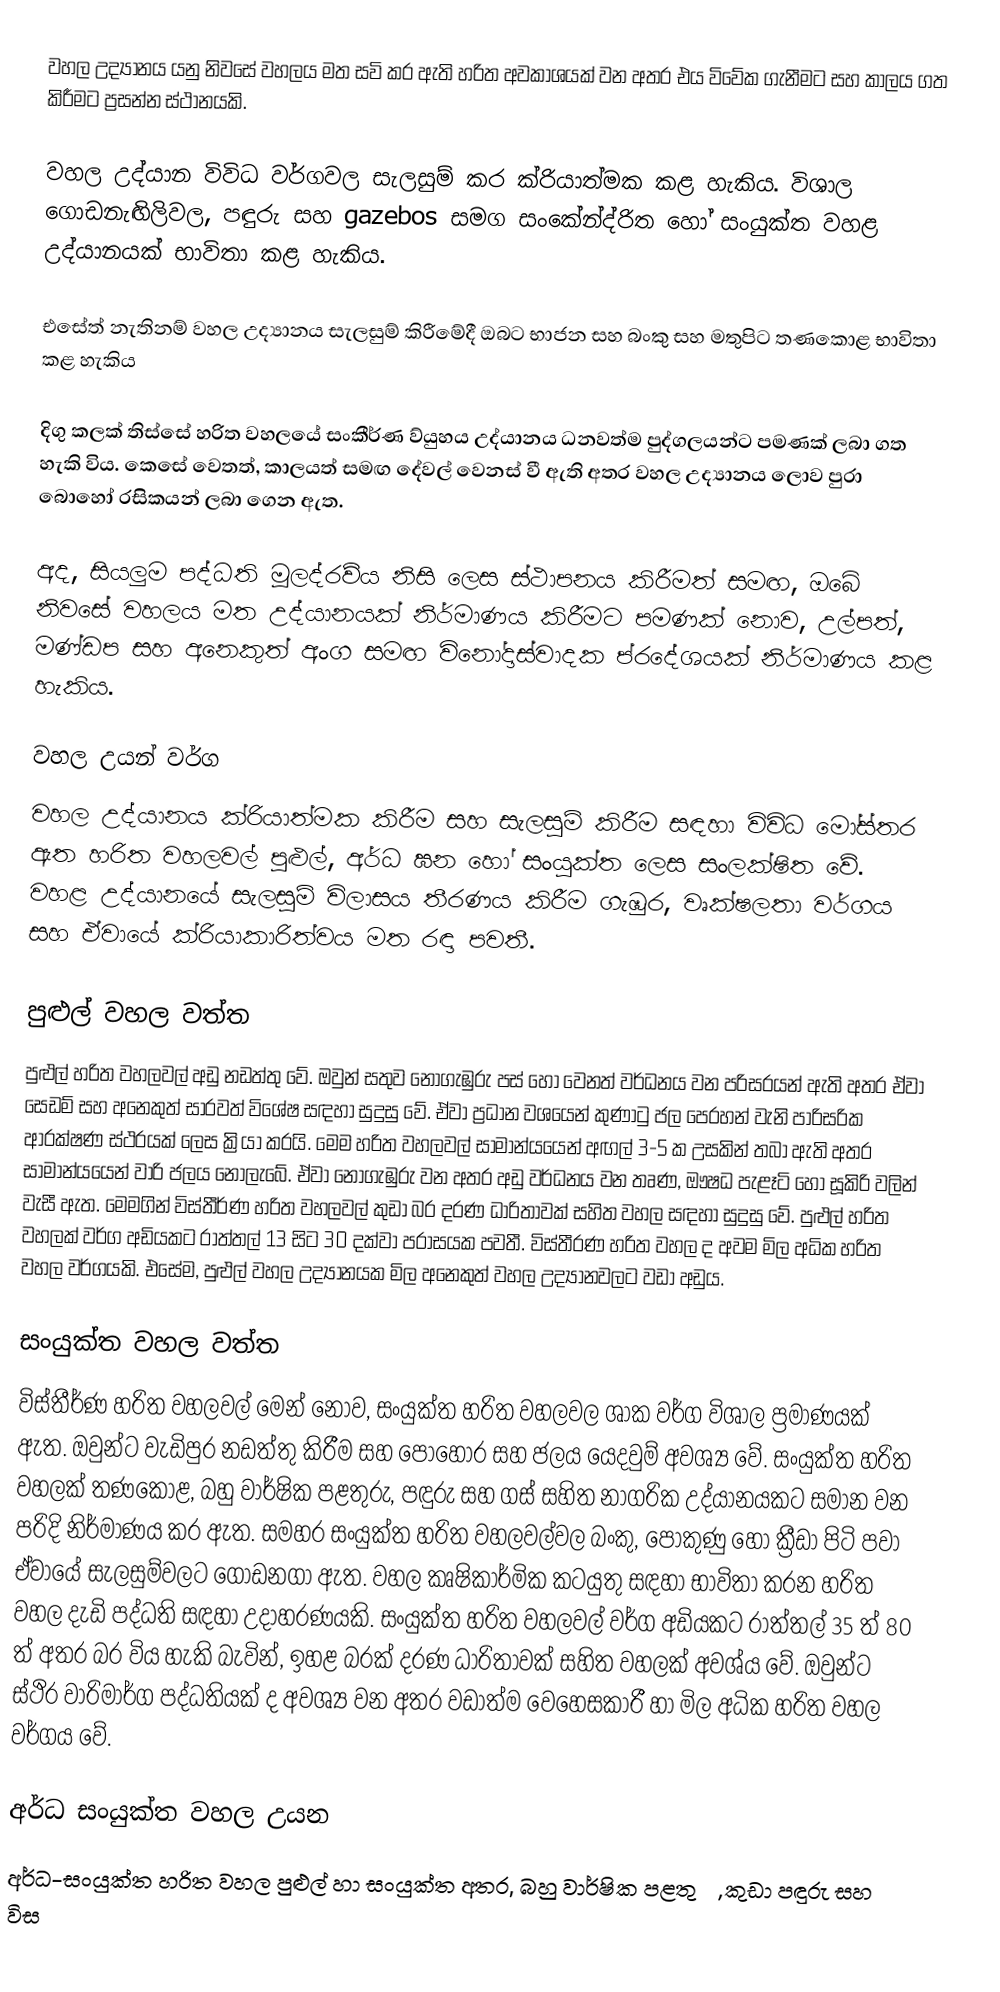
වහල උද්‍යානය යනු නිවසේ වහලය මත සවි කර ඇති හරිත අවකාශයක් වන අතර එය විවේක ගැනීමට සහ කාලය ගත කිරීමට ප්‍රසන්න ස්ථානයකි.

වහල උද්යාන විවිධ වර්ගවල සැලසුම් කර ක්රියාත්මක කළ හැකිය. විශාල ගොඩනැඟිලිවල, පඳුරු සහ gazebos සමග සංකේන්ද්රිත හෝ සංයුක්ත වහළ උද්යානයක් භාවිතා කළ හැකිය.

එසේත් නැතිනම් වහල උද්‍යානය සැලසුම් කිරීමේදී ඔබට භාජන සහ බංකු සහ මතුපිට තණකොළ භාවිතා කළ හැකිය

දිගු කලක් තිස්සේ හරිත වහලයේ සංකීර්ණ ව්යුහය උද්යානය ධනවත්ම පුද්ගලයන්ට පමණක් ලබා ගත හැකි විය. කෙසේ වෙතත්, කාලයත් සමඟ දේවල් වෙනස් වී ඇති අතර වහල උද්‍යානය ලොව පුරා බොහෝ රසිකයන් ලබා ගෙන ඇත.

අද, සියලුම පද්ධති මූලද්රව්ය නිසි ලෙස ස්ථාපනය කිරීමත් සමඟ, ඔබේ නිවසේ වහලය මත උද්යානයක් නිර්මාණය කිරීමට පමණක් නොව, උල්පත්, මණ්ඩප සහ අනෙකුත් අංග සමඟ විනෝදාස්වාදක ප්රදේශයක් නිර්මාණය කළ හැකිය.

වහල උයන් වර්ග
වහල උද්යානය ක්රියාත්මක කිරීම සහ සැලසුම් කිරීම සඳහා විවිධ මෝස්තර ඇත හරිත වහලවල් පුළුල්, අර්ධ ඝන හෝ සංයුක්ත ලෙස සංලක්ෂිත වේ. වහළ උද්යානයේ සැලසුම් විලාසය තීරණය කිරීම ගැඹුර, වෘක්ෂලතා වර්ගය සහ ඒවායේ ක්රියාකාරිත්වය මත රඳා පවතී.

පුළුල් වහල වත්ත
පුළුල් හරිත වහලවල් අඩු නඩත්තු වේ. ඔවුන් සතුව නොගැඹුරු පස් හෝ වෙනත් වර්ධනය වන පරිසරයන් ඇති අතර ඒවා සෙඩම් සහ අනෙකුත් සාරවත් විශේෂ සඳහා සුදුසු වේ. ඒවා ප්‍රධාන වශයෙන් කුණාටු ජල පෙරහන් වැනි පාරිසරික ආරක්ෂණ ස්ථරයක් ලෙස ක්‍රියා කරයි. මෙම හරිත වහලවල් සාමාන්යයෙන් අඟල් 3-5 ක උසකින් තබා ඇති අතර සාමාන්යයෙන් වාරි ජලය නොලැබේ. ඒවා නොගැඹුරු වන අතර අඩු වර්ධනය වන තෘණ, ඖෂධ පැළෑටි හෝ සූකිරි වලින් වැසී ඇත. මෙමගින් විස්තීර්ණ හරිත වහලවල් කුඩා බර දරණ ධාරිතාවක් සහිත වහල සඳහා සුදුසු වේ. පුළුල් හරිත වහලක් වර්ග අඩියකට රාත්තල් 13 සිට 30 දක්වා පරාසයක පවතී. විස්තීරණ හරිත වහල ද අවම මිල අධික හරිත වහල වර්ගයකි. එසේම, පුළුල් වහල උද්‍යානයක මිල අනෙකුත් වහල උද්‍යානවලට වඩා අඩුය.

සංයුක්ත වහල වත්ත
විස්තීර්ණ හරිත වහලවල් මෙන් නොව, සංයුක්ත හරිත වහලවල ශාක වර්ග විශාල ප්‍රමාණයක් ඇත. ඔවුන්ට වැඩිපුර නඩත්තු කිරීම සහ පොහොර සහ ජලය යෙදවුම් අවශ්‍ය වේ. සංයුක්ත හරිත වහලක් තණකොළ, බහු වාර්ෂික පළතුරු, පඳුරු සහ ගස් සහිත නාගරික උද්යානයකට සමාන වන පරිදි නිර්මාණය කර ඇත. සමහර සංයුක්ත හරිත වහලවල්වල බංකු, පොකුණු හෝ ක්‍රීඩා පිටි පවා ඒවායේ සැලසුම්වලට ගොඩනගා ඇත. වහල කෘෂිකාර්මික කටයුතු සඳහා භාවිතා කරන හරිත වහල දැඩි පද්ධති සඳහා උදාහරණයකි. සංයුක්ත හරිත වහලවල් වර්ග අඩියකට රාත්තල් 35 ත් 80 ත් අතර බර විය හැකි බැවින්, ඉහළ බරක් දරණ ධාරිතාවක් සහිත වහලක් අවශ්ය වේ. ඔවුන්ට ස්ථිර වාරිමාර්ග පද්ධතියක් ද අවශ්‍ය වන අතර වඩාත්ම වෙහෙසකාරී හා මිල අධික හරිත වහල වර්ගය වේ.

අර්ධ සංයුක්ත වහල උයන
අර්ධ-සංයුක්ත හරිත වහල පුළුල් හා සංයුක්ත අතර, බහු වාර්ෂික පළතුරු, කුඩා පඳුරු සහ විස